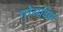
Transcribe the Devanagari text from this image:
गोरादिया